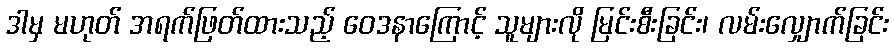
ဒါမှ မဟုတ် အရက်ဖြတ်ထားသည့် ဝေဒနာကြောင့် သူများလို မြင်းစီးခြင်း၊ လမ်းလျှောက်ခြင်း